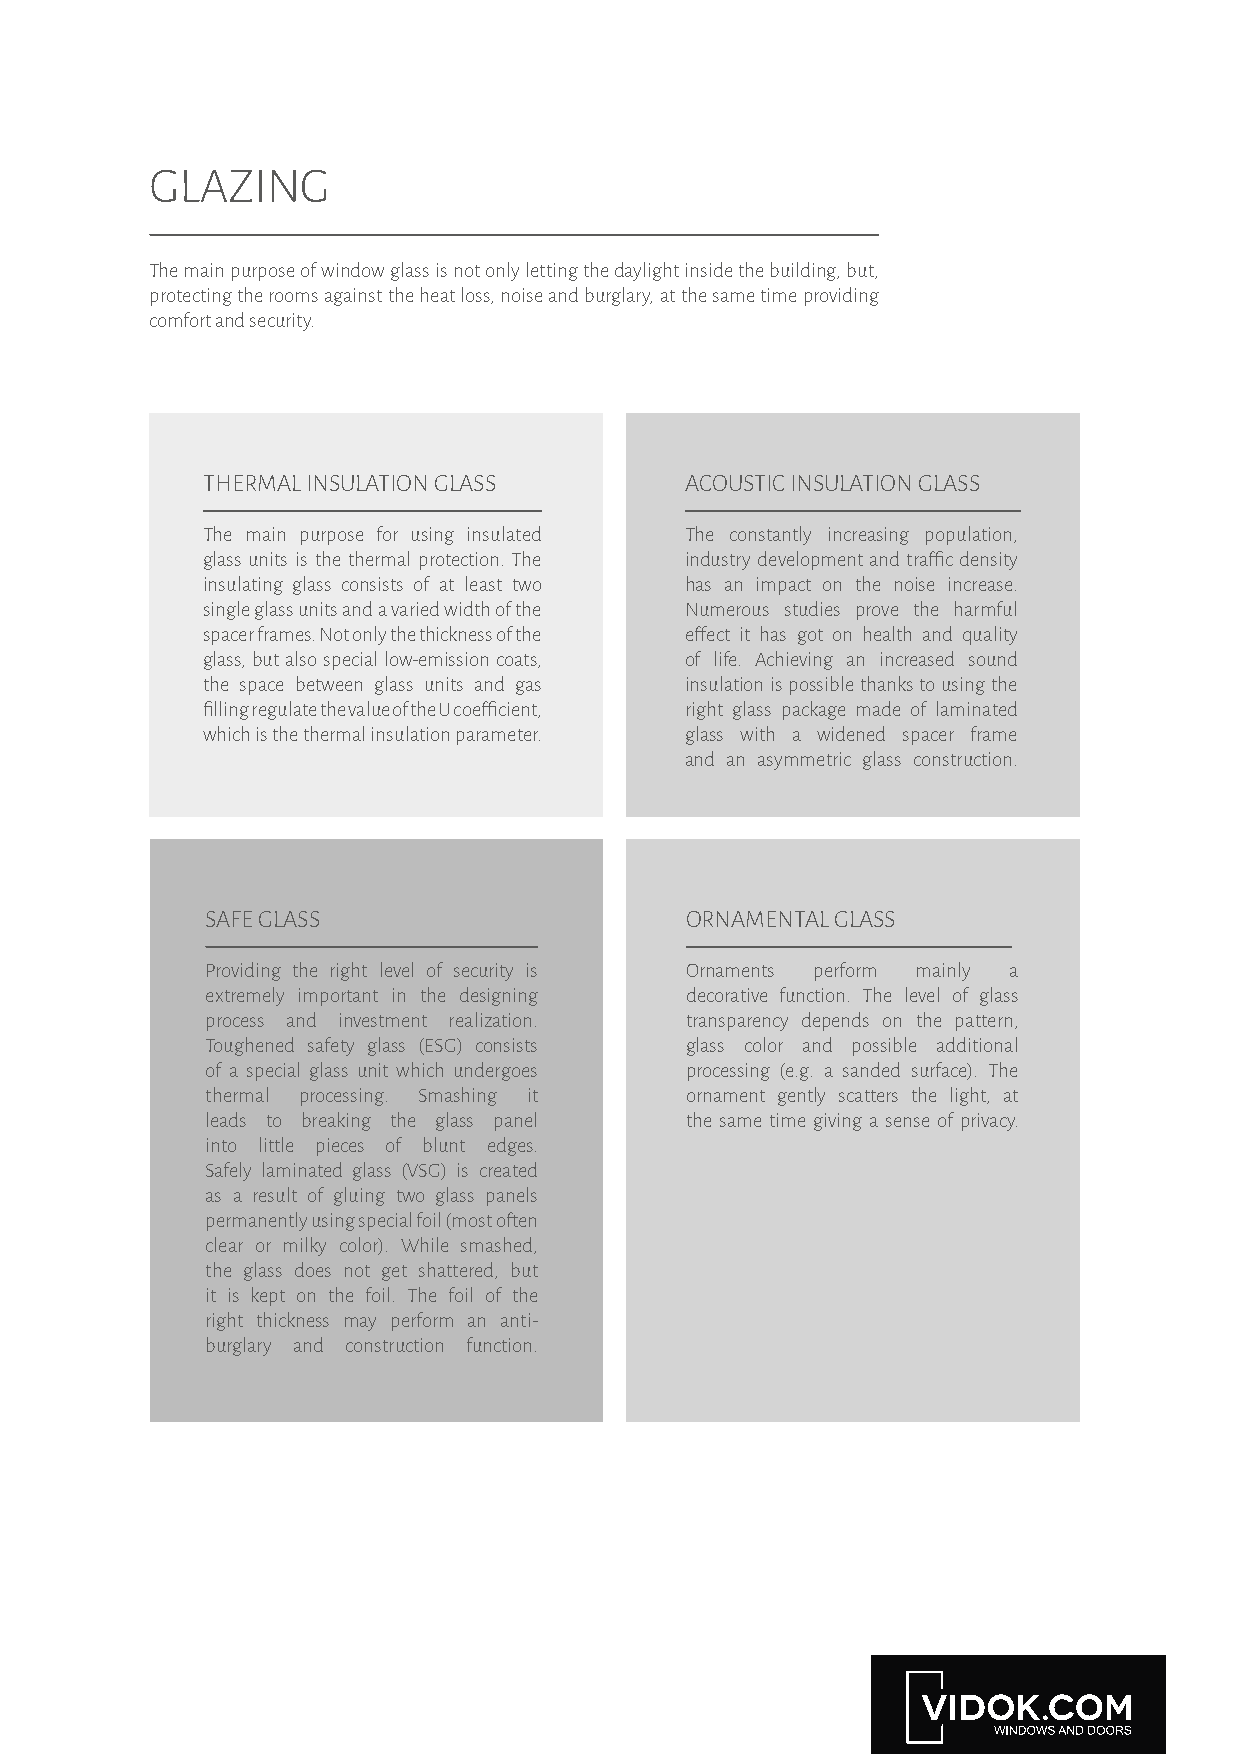
GLAZING
 The main purpose of window glass is not only letting the daylight inside the building, but,
 protecting the rooms against the heat loss, noise and burglary, at the same time providing
 comfort and security.
 THERMAL INSULATION GLASS        ACOUSTIC INSULATION GLASS
 The main purpose for using insulated The constantly increasing population,
 glass units is the thermal protection. The industry development and traffic density
 insulating glass consists of at least two has an impact on the noise increase.
 single glass units and a varied width of the Numerous studies prove the harmful
 spacer frames. Not only the thickness of the effect it has got on health and quality
 glass, but also special low-emission coats, of life. Achieving an increased sound
 the space between glass units and gas insulation is possible thanks to using the
 filling regulate the value of the U coefficient, right glass package made of laminated
 which is the thermal insulation parameter. glass with a widened spacer frame
 and an asymmetric glass construction.
 SAFE GLASS                     ORNAMENTAL GLASS
 Providing the right level of security is Ornaments perform mainly a
 extremely important in the designing decorative function. The level of glass
 process and investment realization. transparency depends on the pattern,
 Toughened safety glass (ESG) consists glass color and possible additional
 of a special glass unit which undergoes processing (e.g. a sanded surface). The
 thermal processing. Smashing it ornament gently scatters the light, at
 leads to breaking the glass panel the same time giving a sense of privacy.
 into little pieces of blunt edges.
 Safely laminated glass (VSG) is created
 as a result of gluing two glass panels
 permanently using special foil (most often
 clear or milky color). While smashed,
 the glass does not get shattered, but
 it is kept on the foil. The foil of the
 right thickness may perform an anti-
 burglary and construction function.